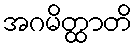
အဂမိတ္ထာတိ